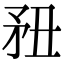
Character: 䂇